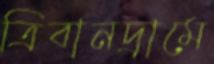
ত্রিবানদ্রামে